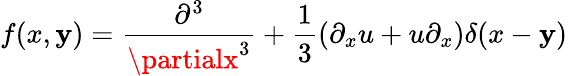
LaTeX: f(x,\mathbf{y})={\frac{{\partial^{3}}}{{{\partialx}^{3}}}}+{\frac{{1}}{{3}}}(\partial_{x}u+u\partial_{x})\delta(x-\mathbf{y})